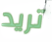
تريد